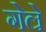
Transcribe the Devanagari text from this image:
गेल्रे